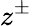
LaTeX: z^{\pm}